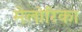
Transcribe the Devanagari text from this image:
मेलोरिका